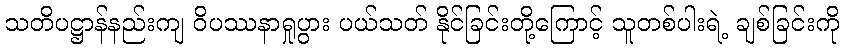
သတိပဋ္ဌာန်နည်းကျ ဝိပဿနာရှုပွား ပယ်သတ် နိုင်ခြင်းတို့ကြောင့် သူတစ်ပါးရဲ့ ချစ်ခြင်းကို